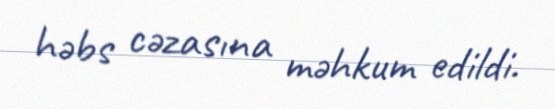
həbs cəzasına məhkum edildi.